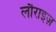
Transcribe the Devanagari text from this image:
लौराइज़